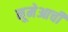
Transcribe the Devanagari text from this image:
नूमेआची